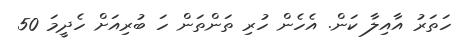
ހަތަރު އާއިލާ ކަން. އެހެން ހުރި ތަންތަން ހަ ބުރިއަށް ހެދީމަ 50